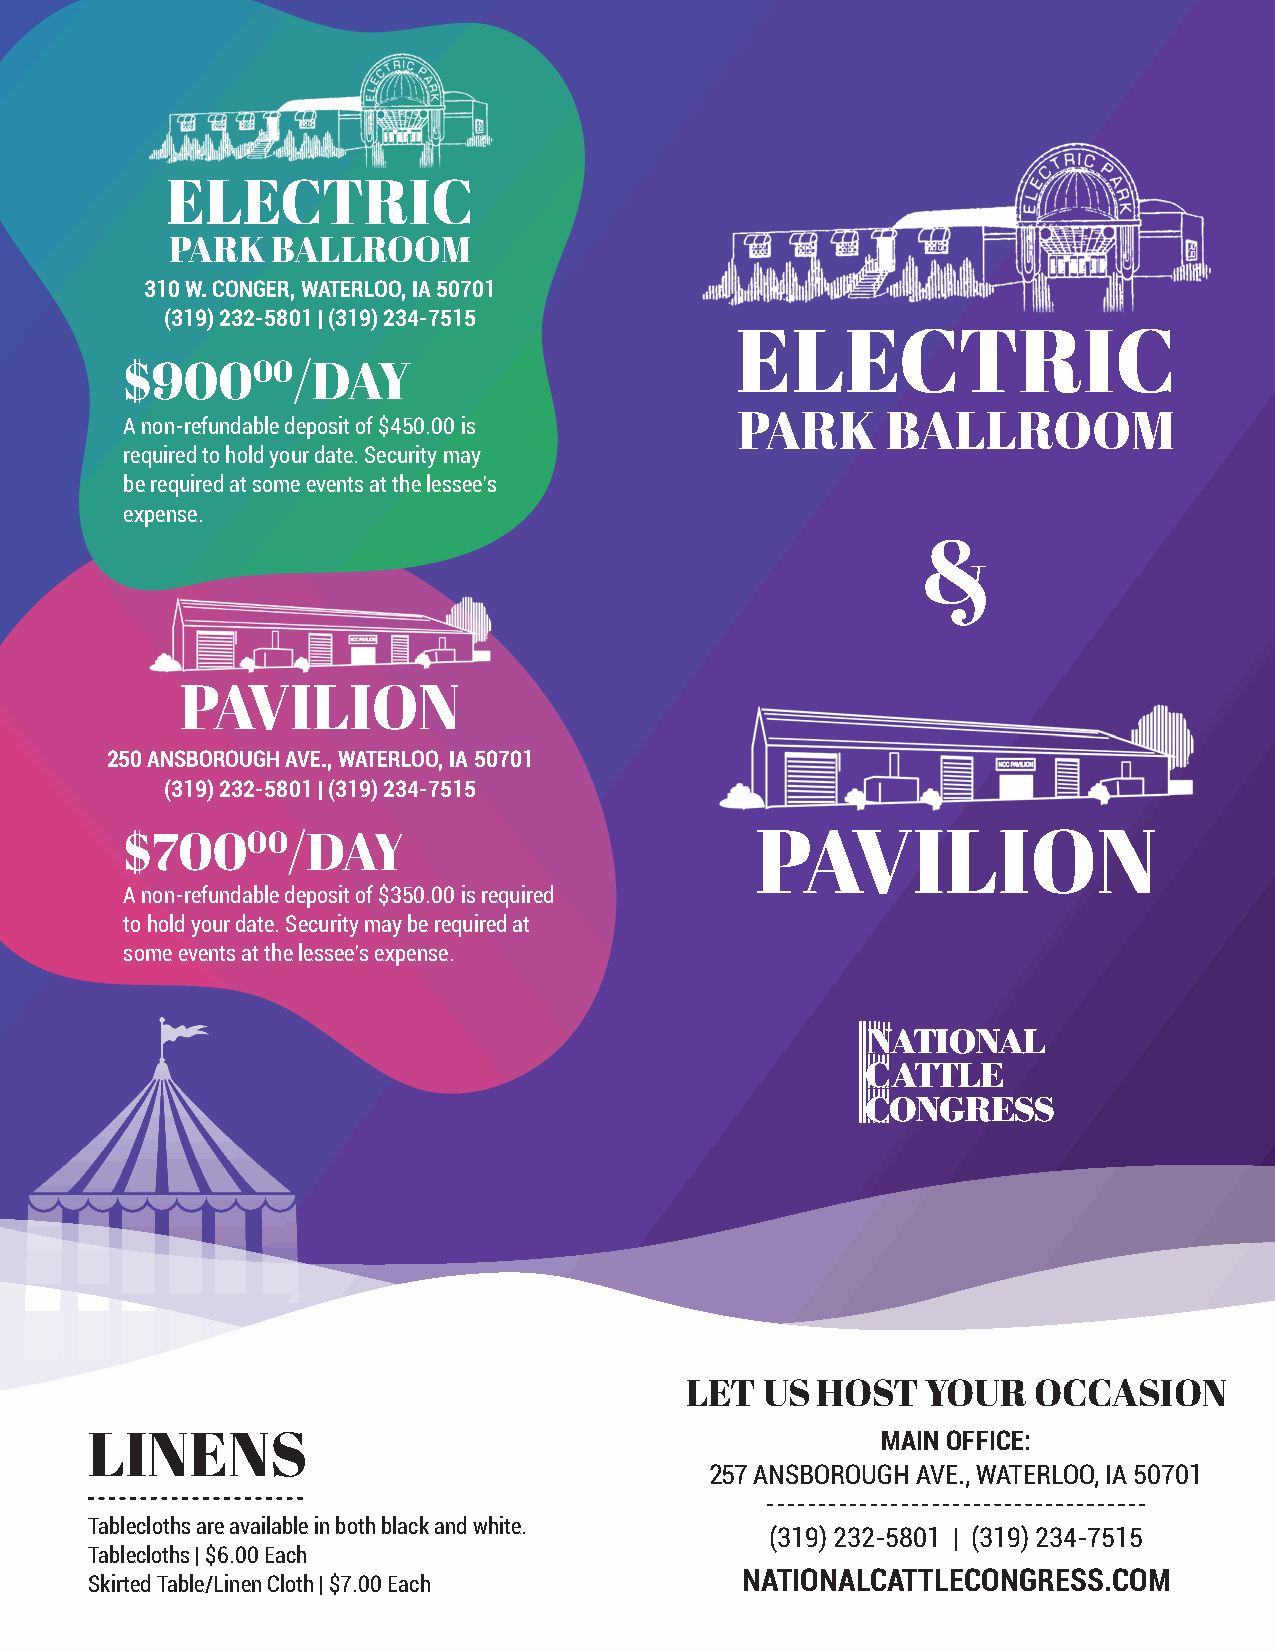
ELECTRIC
 PARK   BALLROOM
 310 W. CONGER, WATERLOO, IA 50701
 (319) 232-5801 | (319) 234-7515
 ELECTRIC
 $90000/DAY
 A non-refundable deposit of $450.00 is   PARK      BALLROOM
 required to hold your date. Security may
 be required at some events at the lessee’s
 expense.
 &
 PAVILION
 250 ANSBOROUGH AVE., WATERLOO, IA 50701
 (319) 232-5801 | (319) 234-7515
 $70000/DAY                                PAVILION
 A non-refundable deposit of $350.00 is required
 to hold your date. Security may be required at
 some events at the lessee’s expense.
 LET   US HOST   YOUR   OCCASION
 LINENS                                              MAIN OFFICE:
 257 ANSBOROUGH AVE., WATERLOO, IA 50701
 Tablecloths are available in both black and white.
 (319) 232-5801 | (319) 234-7515
 Tablecloths | $6.00 Each
 NATIONALCATTLECONGRESS.COM
 Skirted Table/Linen Cloth | $7.00 Each